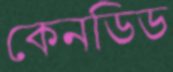
কেনডিড